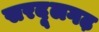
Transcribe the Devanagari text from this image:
सरदूलगढ़